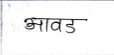
मजकूर: आवड